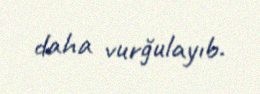
daha vurğulayıb.